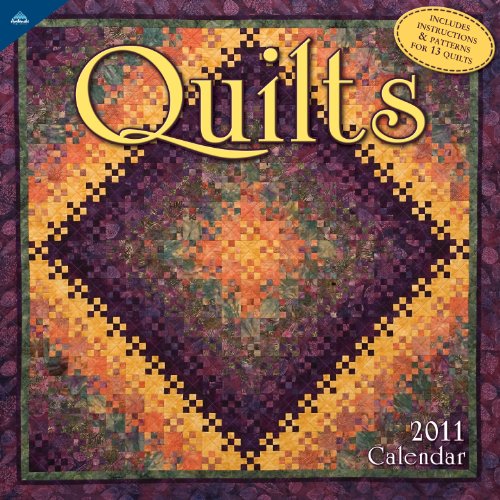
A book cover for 2011 Quilts Calendar; Perfect Timing  - Avalanche; Calendars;